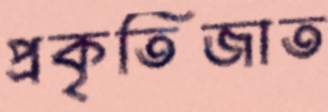
প্রকৃতিজাত